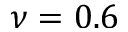
\nu = 0 . 6